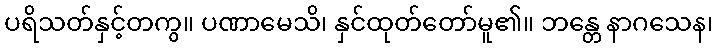
ပရိသတ်နှင့်တကွ။ ပဏာမေသိ၊ နှင်ထုတ်တော်မူ၏။ ဘန္တေ နာဂသေန၊